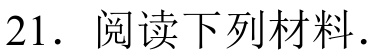
21. 阅读下列材料.